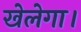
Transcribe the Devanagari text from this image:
खेलेगा।